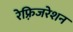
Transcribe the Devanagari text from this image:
रेफ़्रिजरेशन